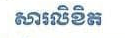
សារលិខិត